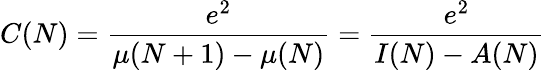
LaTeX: C(N)={\frac{e^{2}}{\mu(N+1)-\mu(N)}}={\frac{e^{2}}{I(N)-A(N)}}